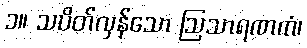
၁။ သပိတ်လှန်သော ဩသာရဏကံ၊